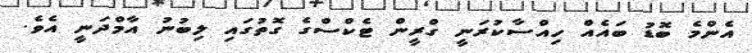
އެންމެ ބޮޑު ބައެއް ހިއްސާކުރަނީ ގްރީން ޓެކްސްގެ ގޮތުގައި ލިބުނު އާމްދަނީ އެވެ.